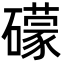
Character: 礞